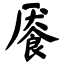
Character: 餍